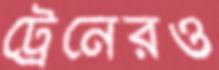
ট্রেনেরও